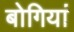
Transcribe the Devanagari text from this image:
बोगियां